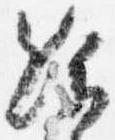
給